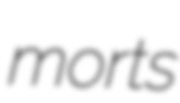
morts